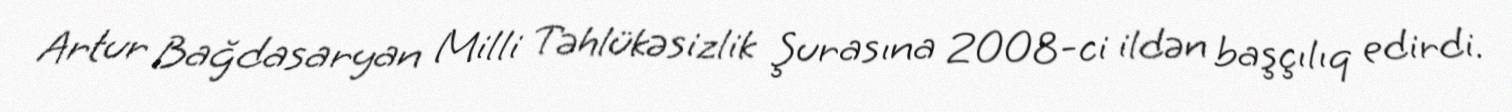
Artur Bağdasaryan Milli Təhlükəsizlik Şurasına 2008-ci ildən başçılıq edirdi.